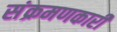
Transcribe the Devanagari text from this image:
संक्रमणकारी